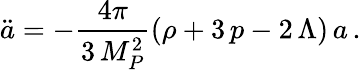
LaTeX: \ddot{a}=-\frac{4\pi}{3\, M_{P}^{2}}\left(\rho+3\, p-2\, \Lambda\right)\, a\, .